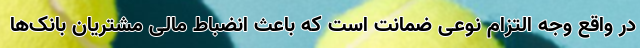
در واقع وجه التزام نوعی ضمانت است که باعث انضباط مالی مشتریان بانک‌ها